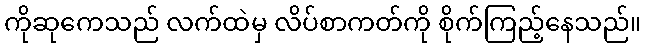
ကိုဆုကေသည် လက်ထဲမှ လိပ်စာကတ်ကို စိုက်ကြည့်နေသည်။